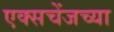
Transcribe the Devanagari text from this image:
एक्सचेंजच्या